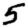
Digit: 5